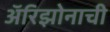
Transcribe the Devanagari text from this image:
अॅरिझोनाची